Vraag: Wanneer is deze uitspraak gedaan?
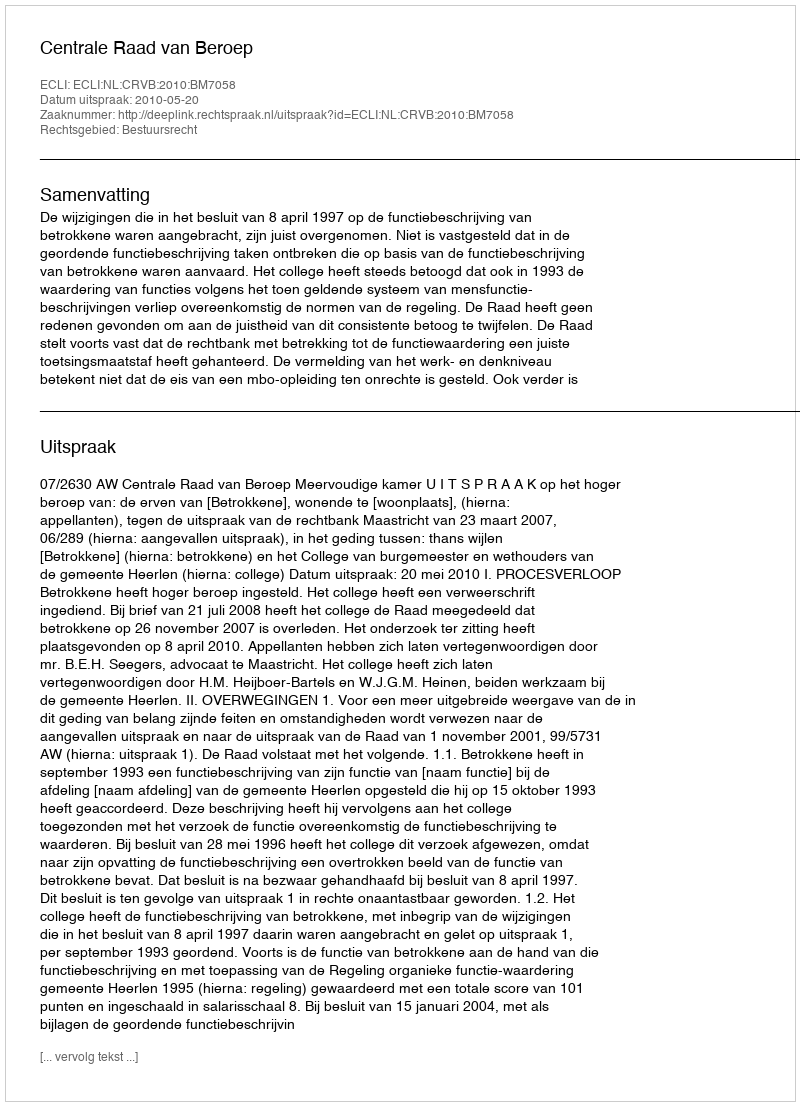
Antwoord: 2010-05-20